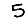
Digit: 5